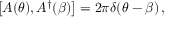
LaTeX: \left[ A ( \theta ) , A ^ { \dagger } ( \beta ) \right] = 2 \pi \delta ( \theta - \beta ) \, ,